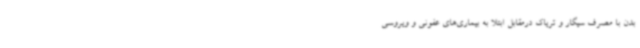
بدن با مصرف سیگار و تریاک درمقابل ابتلا به بیماری‌های عفونی و ویروسی